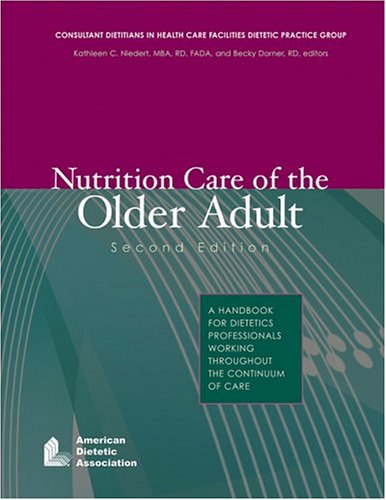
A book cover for Nutrition Care Of The Older Adult: A Handbook For Dietetics Professionals Working Throughout The Continuum Of Care; Self-Help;